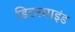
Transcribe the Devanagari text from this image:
डिटरमाइंड